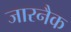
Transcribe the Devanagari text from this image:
जारनैक